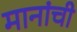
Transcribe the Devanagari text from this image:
मानांची